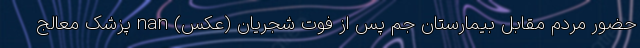
حضور مردم مقابل بیمارستان جم پس از فوت شجریان (عکس) nan پزشک معالج